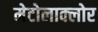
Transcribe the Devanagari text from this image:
मेटोलाक्‍लोर